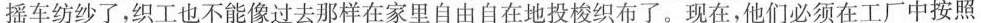
摇车纺纱了，织工也不能像过去那样在家里自由自在地投梭织布了。现在，他们必须在工厂中按照